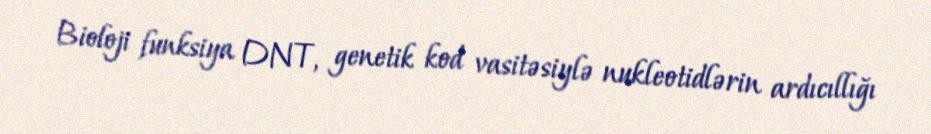
Bioloji funksiya DNT, genetik kod vasitəsiylə nukleotidlərin ardıcıllığı